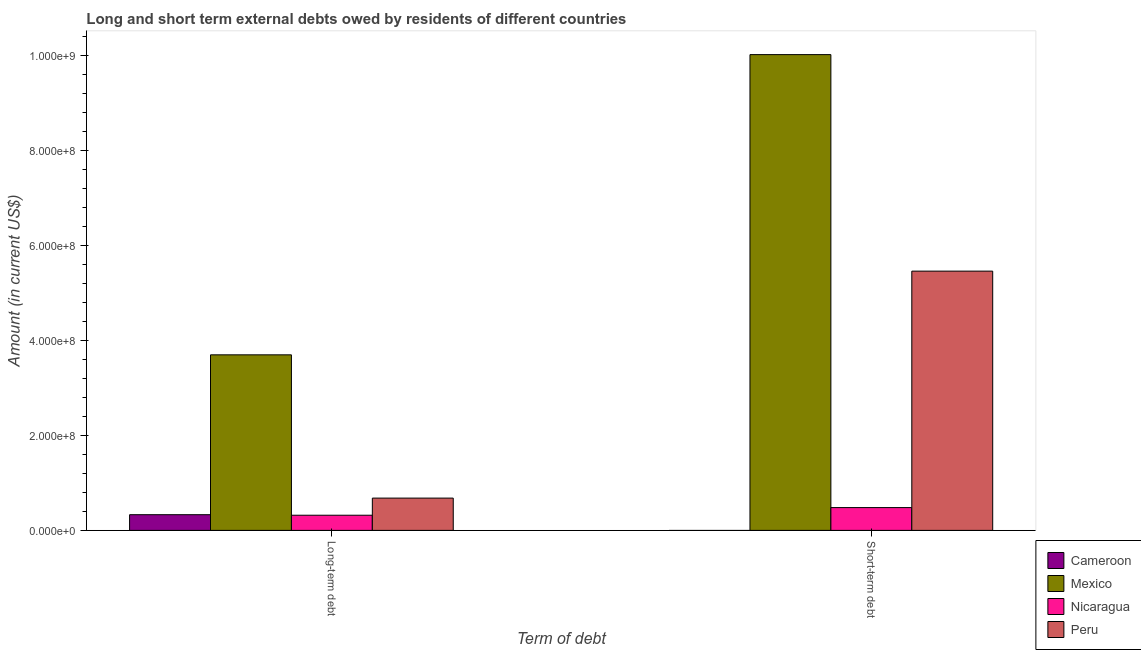
| Term of debt | Cameroon | Mexico | Nicaragua | Peru |
 | --- | --- | --- | --- | --- |
 | Long-term debt | 3.3e+07 | 3.7e+08 | 3.19e+07 | 6.8e+07 |
 | Short-term debt | -6.02e+07 | 1e+09 | 4.8e+07 | 5.46e+08 |